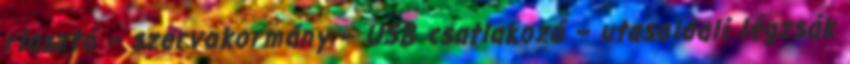
riasztó – szervokormány – USB csatlakozó – utasoldali légzsák